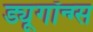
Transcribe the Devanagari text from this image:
ड्यूगॉन्ग्स